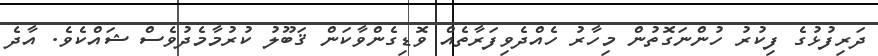
ދަރިފުޅުގެ ފިކުރު ހުންނަގޮތުން މިހާރު ހެއްދެވިފަރާތެއް ވޮޑިގެންވާކަން ޤަބޫލު ކުރުމާމެދުވެސް ޝައްކެވެ. އާދެ